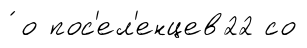
́ о пос'ел'енцев22 со